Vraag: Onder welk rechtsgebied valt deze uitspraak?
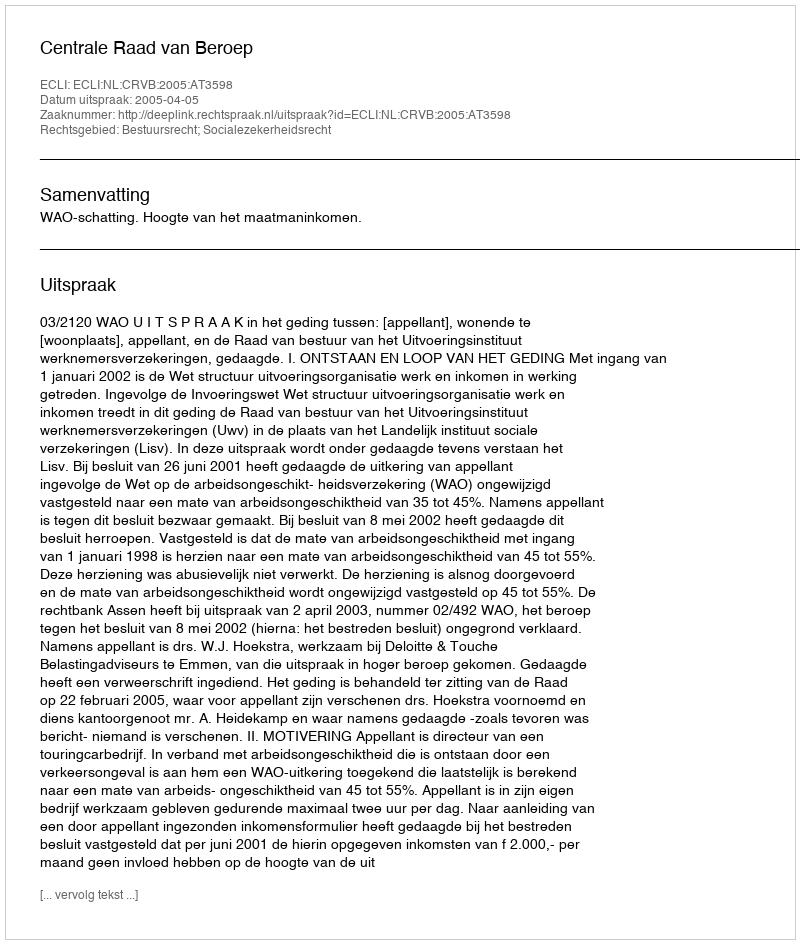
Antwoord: Bestuursrecht; Socialezekerheidsrecht